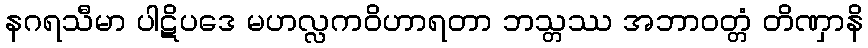
နဂရသီမာ ပါဋိပဒေ မဟလ္လကဝိဟာရတာ ဘသ္တဿ အဘာဝတ္တံ တိဏှာနိ